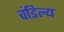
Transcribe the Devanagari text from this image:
चंडिल्य